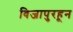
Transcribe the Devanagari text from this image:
विजापुरहून